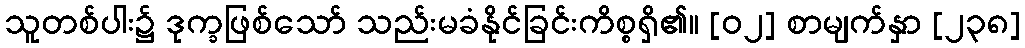
သူတစ်ပါး၌ ဒုက္ခဖြစ်သော် သည်းမခံနိုင်ခြင်းကိစ္စရှိ၏။ [၀၂] စာမျက်နှာ [၂၃၈]